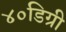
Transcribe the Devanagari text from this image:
४०डिग्री